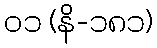
၀၁ (နိ-၁၈၁)